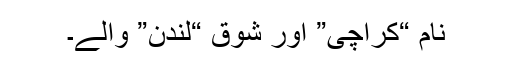
نام “کراچی” اور شوق “لندن” والے۔